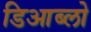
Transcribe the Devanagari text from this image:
डिआब्लो